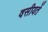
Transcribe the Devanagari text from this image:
वसीयतें